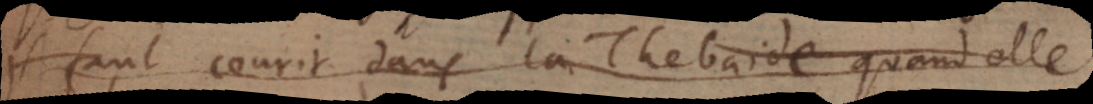
faut courir dans la Thebaide quand elle